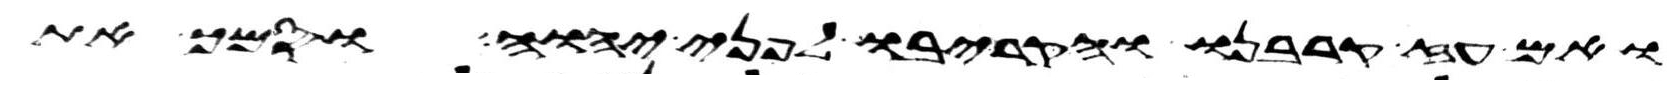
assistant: ואם עז קרבנו והקריבו לפני יהוה וסמך את